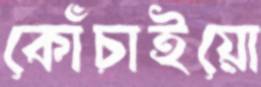
কোঁচাইয়ো